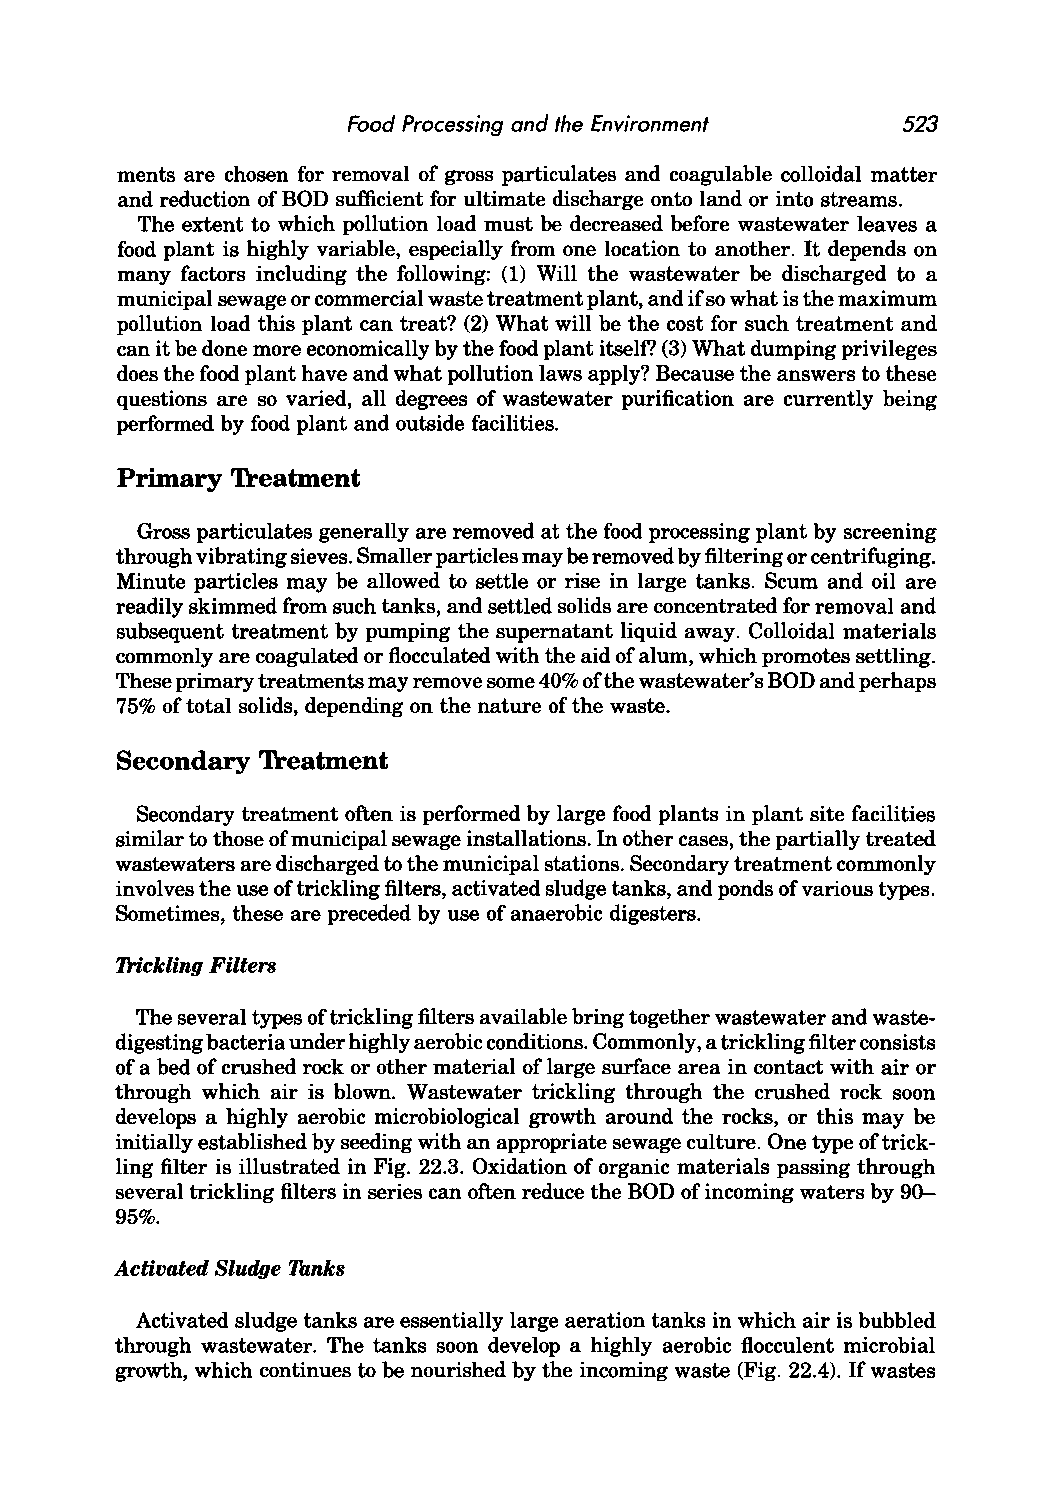
Food Processing and the Environment  523
 ments are chosen for removal of gross particulates and coagulable colloidal matter
 and reduction of BOD sufficient for ultimate discharge onto land or into streams.
 The extent to which pollution load must be decreased before wastewater leaves a
 food plant is highly variable, especially from one location to another. It depends on
 many factors including the following: (1) Will the wastewater be discharged to a
 municipal sewage or commercial waste treatment plant, and if so what is the maximum
 pollution load this plant can treat? (2) What will be the cost for such treatment and
 can it be done more economically by the food plant itself? (3) What dumping privileges
 does the food plant have and what pollution laws apply? Because the answers to these
 questions are so varied, all degrees of wastewater purification are currently being
 performed by food plant and outside facilities.
 Primary Treatment
 Gross particulates generally are removed at the food processing plant by screening
 through vibrating sieves. Smaller particles may be removed by filtering or centrifuging.
 Minute particles may be allowed to settle or rise in large tanks. Scum and oil are
 readily skimmed from such tanks, and settled solids are concentrated for removal and
 subsequent treatment by pumping the supernatant liquid away. Colloidal materials
 commonly are coagulated or flocculated with the aid of alum, which promotes settling.
 These primary treatments may remove some 40% of the wastewater's BOD and perhaps
 75% of total solids, depending on the nature of the waste.
 Secondary Treatment
 Secondary treatment often is performed by large food plants in plant site facilities
 similar to those of municipal sewage installations. In other cases, the partially treated
 wastewaters are discharged to the municipal stations. Secondary treatment commonly
 involves the use oftrickling filters, activated sludge tanks, and ponds of various types.
 Sometimes, these are preceded by use of anaerobic digesters.
 Trickling Filters
 The several types of trickling filters available bring together wastewater and waste
 digesting bacteria under highly aerobic conditions. Commonly, a trickling filter consists
 of a bed of crushed rock or other material of large surface area in contact with air or
 through which air is blown. Wastewater trickling through the crushed rock soon
 develops a highly aerobic microbiological growth around the rocks, or this may be
 initially established by seeding with an appropriate sewage culture. One type of trick
 ling filter is illustrated in Fig. 22.3. Oxidation of organic materials passing through
 several trickling filters in series can often reduce the BOD of incoming waters by 90-
 95%.
 Activated Sludge Tanks
 Activated sludge tanks are essentially large aeration tanks in which air is bubbled
 through wastewater. The tanks soon develop a highly aerobic flocculent microbial
 growth, which continues to be nourished by the incoming waste (Fig. 22.4). If wastes